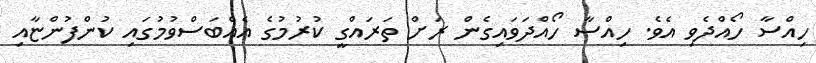
ހިއްސާ ހޯއްދެވި އެވެ. ހިއްސާ ހޯއްދަވައިގެން ރަށް ތަރައްގީ ކުރުމުގެ އެއްބަސްވުމުގައި ކުންފުންޏާއި